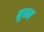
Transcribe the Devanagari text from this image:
नूनन